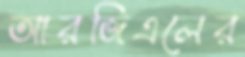
আরজিএলের